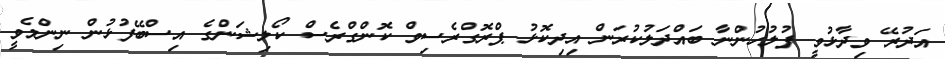
އަދުރޭ ވިދާޅުވީ ފުލުހުންނާ ބައްދަލުކުރަން އިދިކޮޅު ޕްރޮގްރެސިވް ކޮންގްރެސް ކޯލިޝަންގެ އިސްބޭފުޅުން ނިންމެވީ